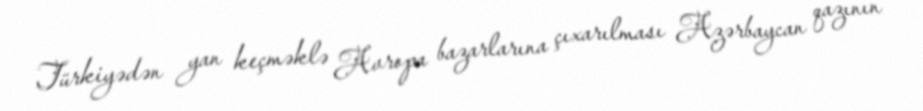
Türkiyədən yan keçməklə Avropa bazarlarına çıxarılması Azərbaycan qazının